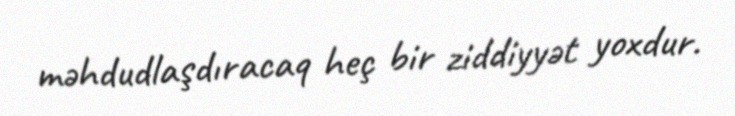
məhdudlaşdıracaq heç bir ziddiyyət yoxdur.